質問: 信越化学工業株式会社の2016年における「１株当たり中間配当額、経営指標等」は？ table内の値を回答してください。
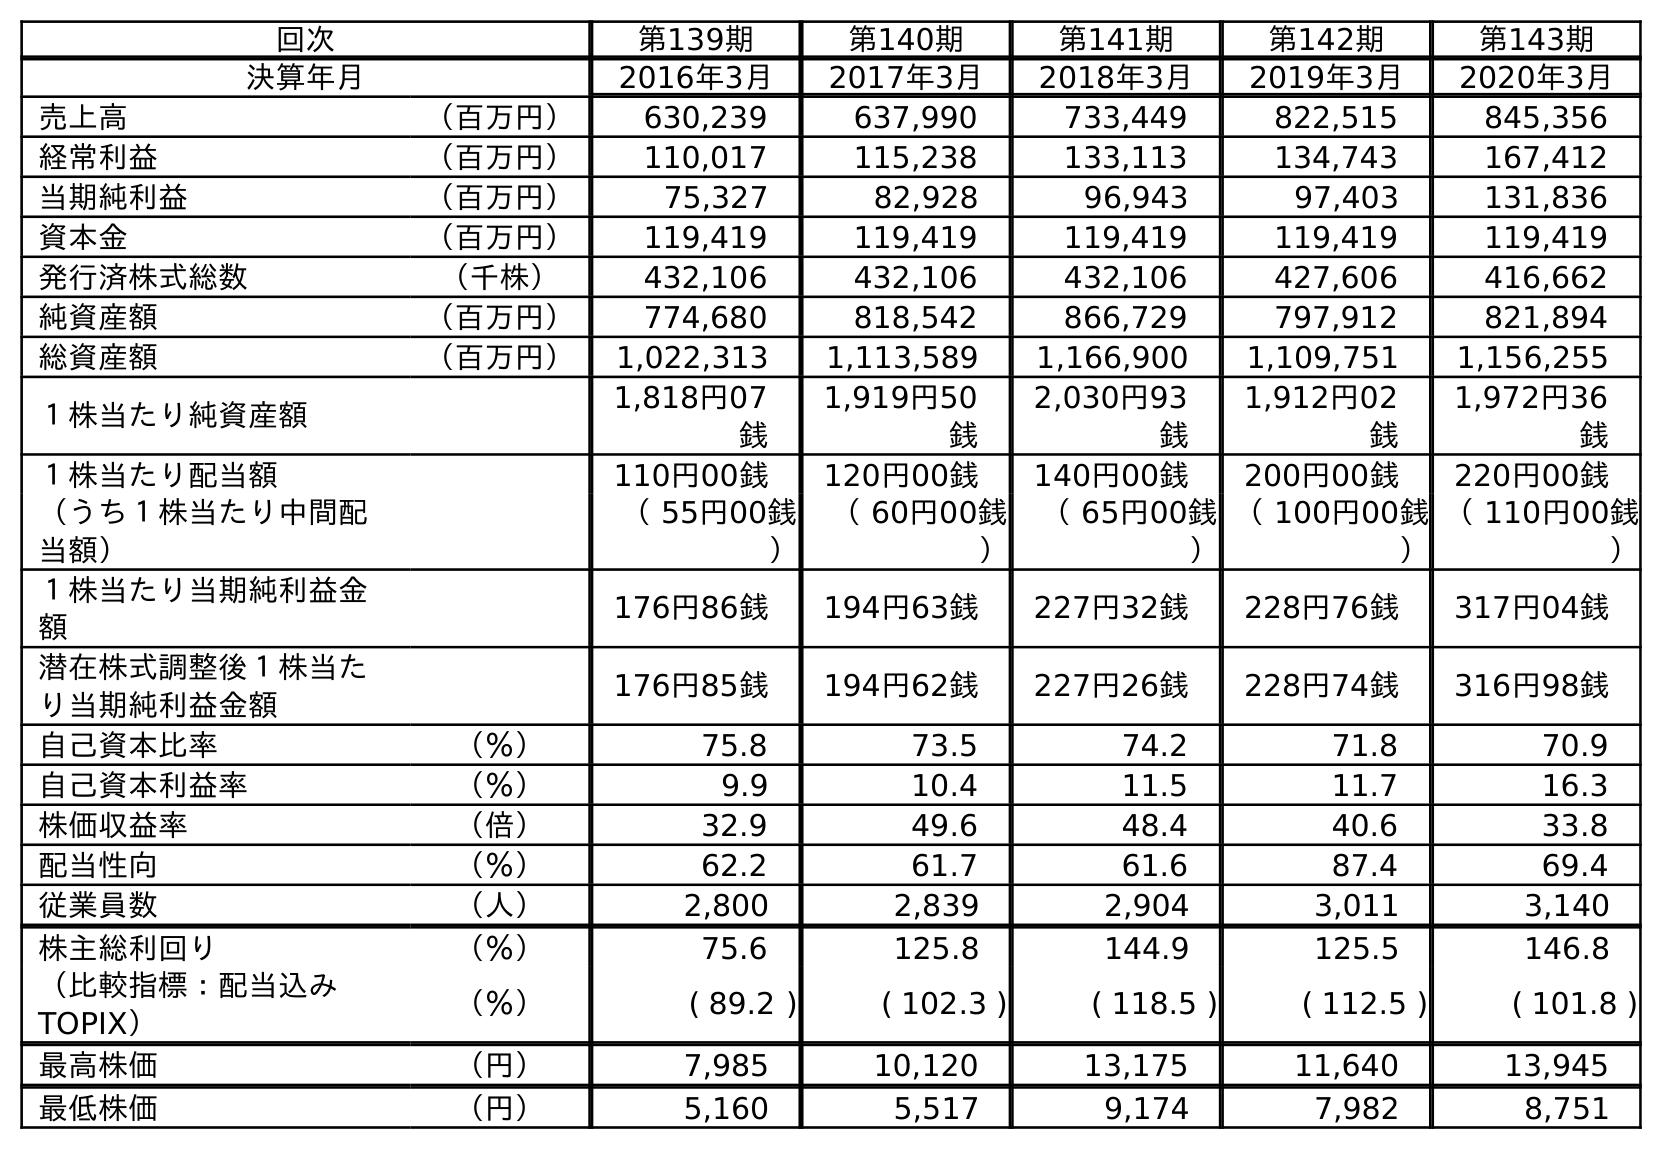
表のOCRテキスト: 回次 第139期 第140期 第141期 第142期 第143期 決算年月 2016年3月 2017年3月 2018年3月 2019年3月 2020年3月 売上高 （百万円） 630,239 637,990 733,449 822,515 845,356 経常利益 （百万円） 110,017 115,238 133,113 134,743 167,412 当期純利益 （百万円） 75,327 82,928 96,943 97,403 131,836 資本金 （百万円） 119,419 119,419 119,419 119,419 119,419 発行済株式総数 （千株） 432,106 432,106 432,106 427,606 416,662 純資産額 （百万円） 774,680 818,542 866,729 797,912 821,894 総資産額 （百万円） 1,022,313 1,113,589 1,166,900 1,109,751 1,156,255 １株当たり純資産額 1,818円07 銭 1,919円50 銭 2,030円93 銭 1,912円02 銭 1,972円36 銭 １株当たり配当額 110円00銭 120円00銭 140円00銭 200円00銭 220円00銭 （うち１株当たり中間配 当額） （ 55円00銭 ） （ 60円00銭 ） （ 65円00銭 ） （ 100円00銭 ） （ 110円00銭 ） １株当たり当期純利益金 額 176円86銭 194円63銭 227円32銭 228円76銭 317円04銭 潜在株式調整後１株当た り当期純利益金額 176円85銭 194円62銭 227円26銭 228円74銭 316円98銭 自己資本比率 （％） 75.8 73.5 74.2 71.8 70.9 自己資本利益率 （％） 9.9 10.4 11.5 11.7 16.3 株価収益率 （倍） 32.9 49.6 48.4 40.6 33.8 配当性向 （％） 62.2 61.7 61.6 87.4 69.4 従業員数 （人） 2,800 2,839 2,904 3,011 3,140 株主総利回り （％） 75.6 125.8 144.9 125.5 146.8 （比較指標：配当込み TOPIX） （％） ( 89.2 ) ( 102.3 ) ( 118.5 ) ( 112.5 ) ( 101.8 ) 最高株価 （円） 7,985 10,120 13,175 11,640 13,945 最低株価 （円） 5,160 5,517 9,174 7,982 8,751
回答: （55円00銭）